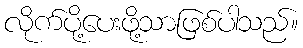
လိုက်ပို့ပေးဖို့သာဖြစ်ပါသည်။